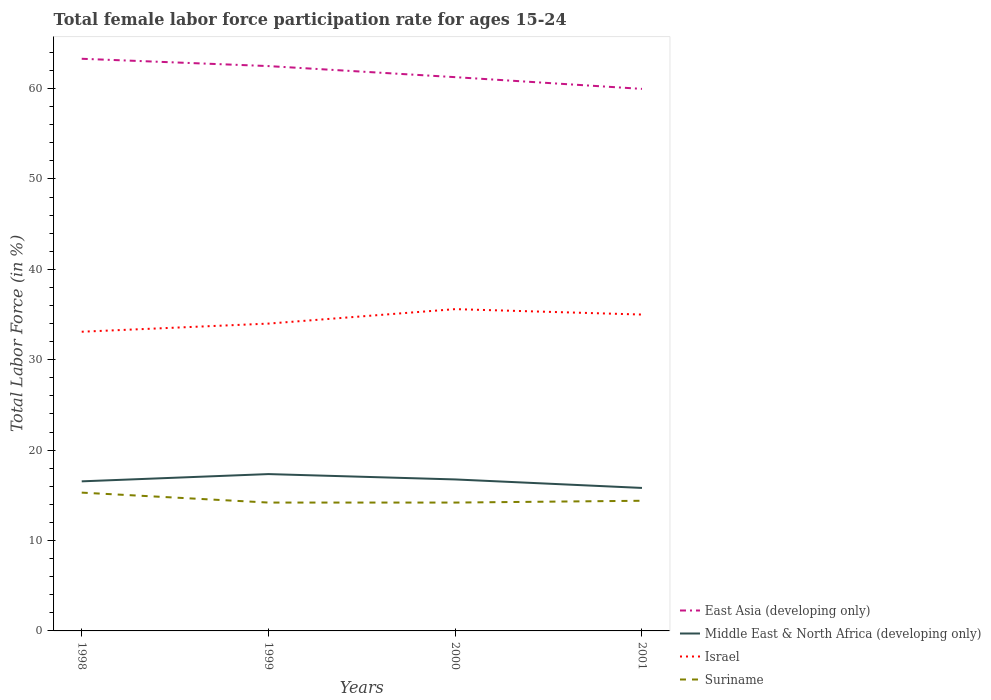
| Years | East Asia (developing only) | Middle East & North Africa (developing only) | Israel | Suriname |
 | --- | --- | --- | --- | --- |
 | 1998 | 63.3 | 16.5 | 33.1 | 15.3 |
 | 1999 | 62.5 | 17.4 | 34 | 14.2 |
 | 2000 | 61.3 | 16.8 | 35.6 | 14.2 |
 | 2001 | 60 | 15.8 | 35 | 14.4 |